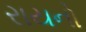
રાયનો